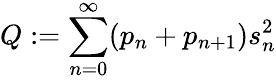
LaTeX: Q:=\sum_{n=0}^{\infty}(p_{n}+p_{n+1})s_{n}^{2}